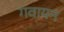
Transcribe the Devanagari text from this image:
गवायन